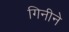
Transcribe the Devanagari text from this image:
गिनीने